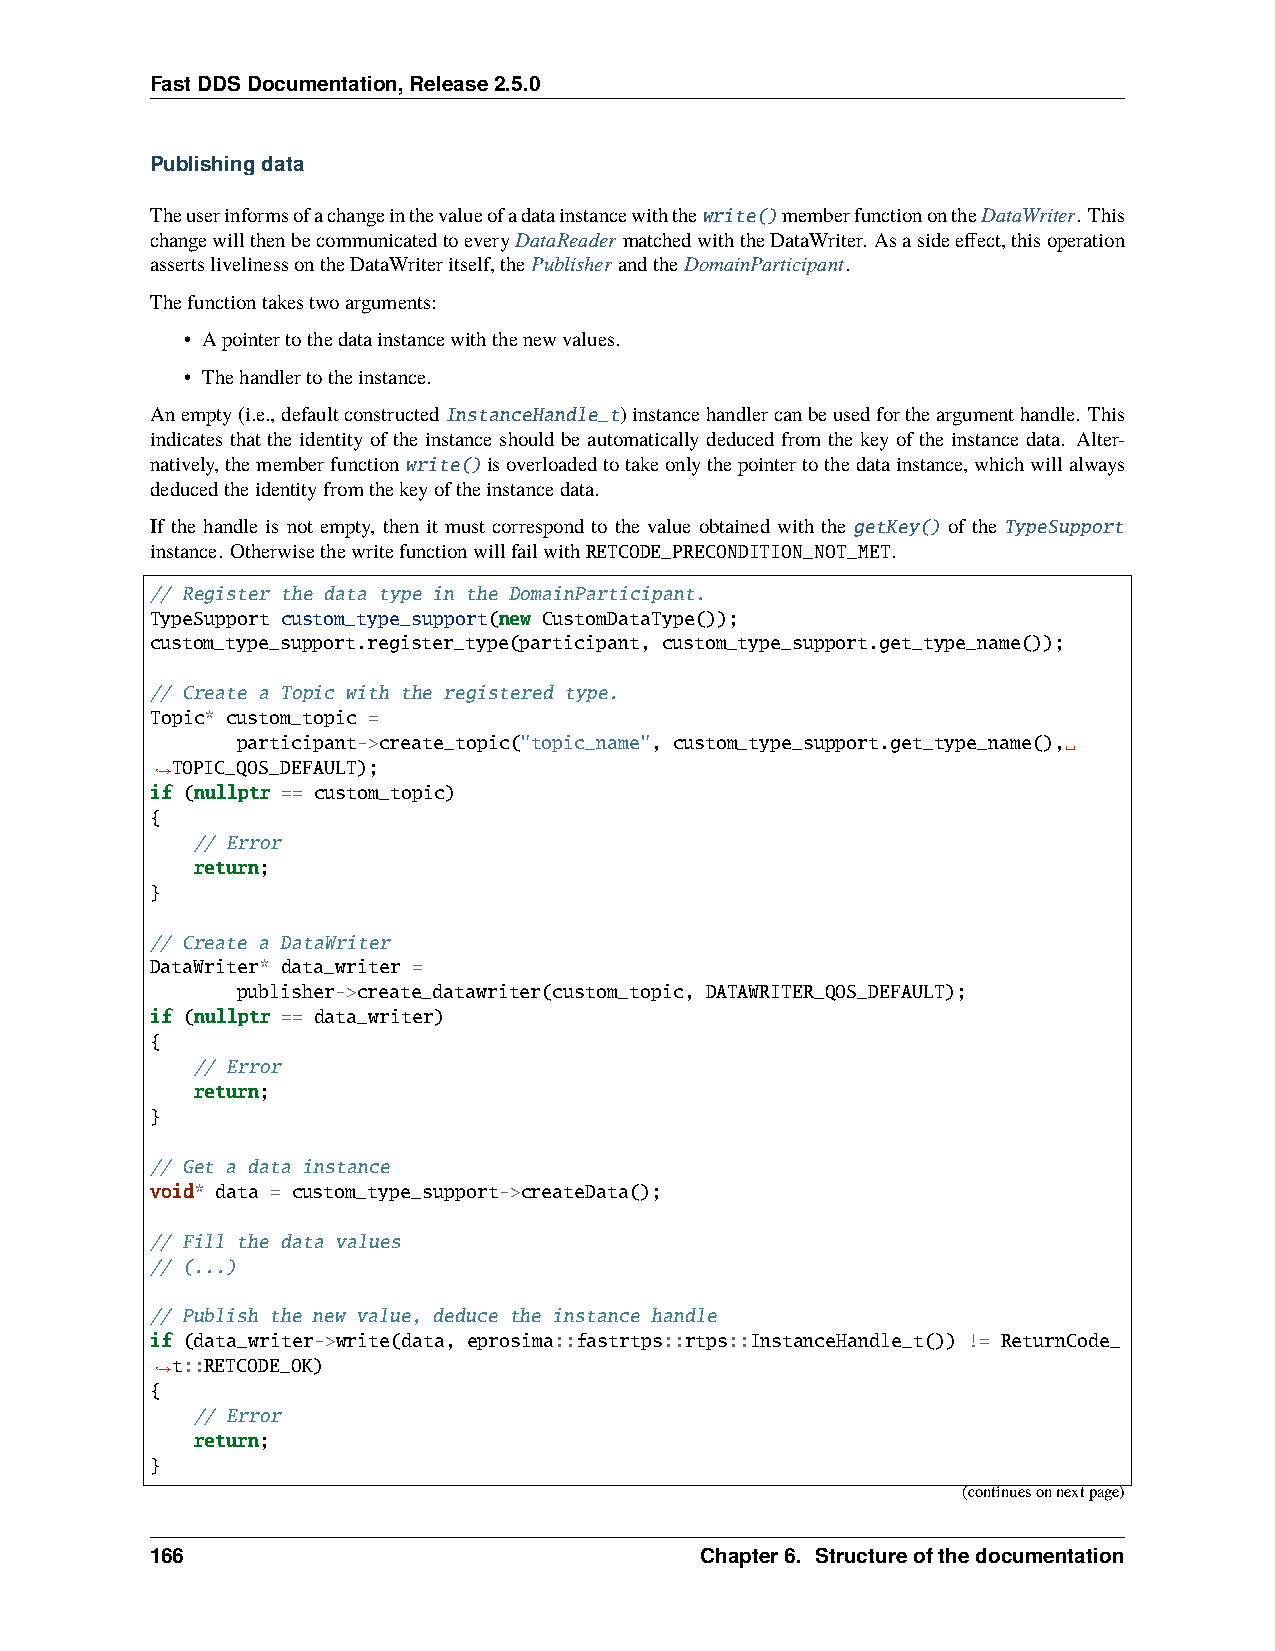
FastDDSDocumentation,Release2.5.0
 Publishingdata
 Theuserinformsofachangeinthevalueofadatainstancewiththewrite()memberfunctionontheDataWriter. This
 changewillthenbecommunicatedtoeveryDataReadermatchedwiththeDataWriter. Asasideeffect,thisoperation
 assertslivelinessontheDataWriteritself,thePublisherandtheDomainParticipant.
 Thefunctiontakestwoarguments:
 • Apointertothedatainstancewiththenewvalues.
 • Thehandlertotheinstance.
 Anempty(i.e.,defaultconstructedInstanceHandle_t)instancehandlercanbeusedfortheargumenthandle. This
 indicates that the identity of the instance should be automatically deduced from the key of the instance data. Alter-
 natively,thememberfunctionwrite()isoverloadedtotakeonlythepointertothedatainstance,whichwillalways
 deducedtheidentityfromthekeyoftheinstancedata.
 If the handle is not empty, then it must correspond to the value obtained with the getKey() of the TypeSupport
 instance. OtherwisethewritefunctionwillfailwithRETCODE_PRECONDITION_NOT_MET.
 // Register the data type in the DomainParticipant.
 TypeSupport custom_type_support(new CustomDataType());
 custom_type_support.register_type(participant, custom_type_support.get_type_name());
 // Create a Topic with the registered type.
 Topic* custom_topic =
 participant->create_topic("topic_name", custom_type_support.get_type_name(),␣
 TOPIC_QOS_DEFAULT);
 ˓→
 if (nullptr == custom_topic)
 {
 // Error
 return;
 }
 // Create a DataWriter
 DataWriter* data_writer =
 publisher->create_datawriter(custom_topic, DATAWRITER_QOS_DEFAULT);
 if (nullptr == data_writer)
 {
 // Error
 return;
 }
 // Get a data instance
 void* data = custom_type_support->createData();
 // Fill the data values
 // (...)
 // Publish the new value, deduce the instance handle
 if (data_writer->write(data, eprosima::fastrtps::rtps::InstanceHandle_t()) != ReturnCode_
 t::RETCODE_OK)
 ˓→
 {
 // Error
 return;
 }
 (continuesonnextpage)
 166                                 Chapter6. Structureofthedocumentation